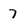
Character: 7